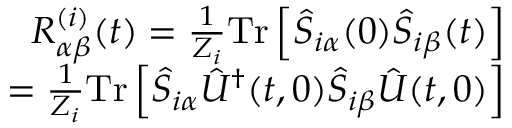
\begin{array} { r } { R _ { \alpha \beta } ^ { ( i ) } ( t ) = \frac { 1 } { Z _ { i } } \mathrm { T r } \left[ \hat { S } _ { i \alpha } ( 0 ) \hat { S } _ { i \beta } ( t ) \right] } \\ { = \frac { 1 } { Z _ { i } } \mathrm { T r } \left[ \hat { S } _ { i \alpha } \hat { U } ^ { \dagger } ( t , 0 ) \hat { S } _ { i \beta } \hat { U } ( t , 0 ) \right] } \end{array}